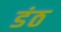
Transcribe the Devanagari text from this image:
डंठ